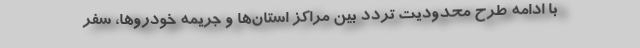
با ادامه طرح محدودیت تردد بین مراکز استان‌ها و جریمه خودروها، سفر